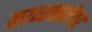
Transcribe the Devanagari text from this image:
काव्यकलेवर